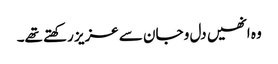
وہ انھیں دل و جان سے عزیز رکھتے تھے۔